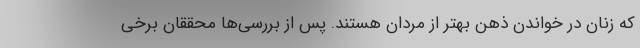
که زنان در خواندن ذهن بهتر از مردان هستند. پس از بررسی‌ها محققان برخی